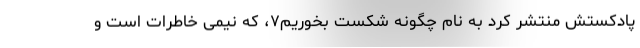
پادکستش منتشر کرد به نام چگونه شکست بخوریم۷، که نیمی خاطرات است و